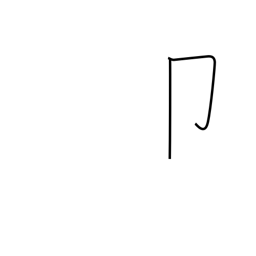
Meaning: seal radical (no. 26)